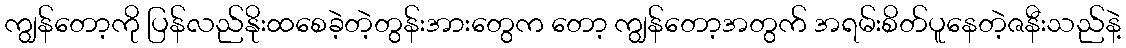
ကျွန်တော့ကို ပြန်လည်နိုးထစေခဲ့တဲ့တွန်းအားတွေက တော့ ကျွန်တော့အတွက် အရမ်းစိတ်ပူနေတဲ့ဇနီးသည်နဲ့